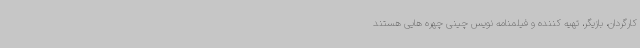
کارگردان، بازیگر، تهیه کننده و فیلمنامه نویس چینی چهره هایی هستند